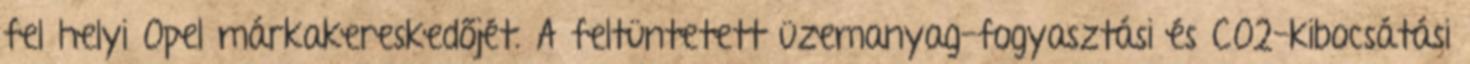
fel helyi Opel márkakereskedőjét. A feltüntetett üzemanyag-fogyasztási és CO2-kibocsátási